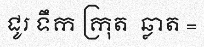
ជូរ ទឹក ក្រុត  ឆ្លាត =